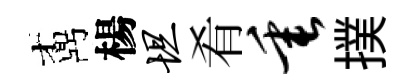
鼒楊坦肴垂撲